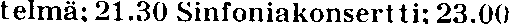
telmä: 21.30 Sinfoniakonsertti: 23.00